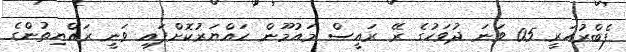
ފެބްރުއަރީ 05 ވަނަ ދުވަހުގެ ރޭ ރައީސް މައުމޫން ހައްޔަރުކޮށްފައި ވަނީ ރައްޔިތުންގެ